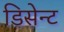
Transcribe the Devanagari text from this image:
डिसेन्ट